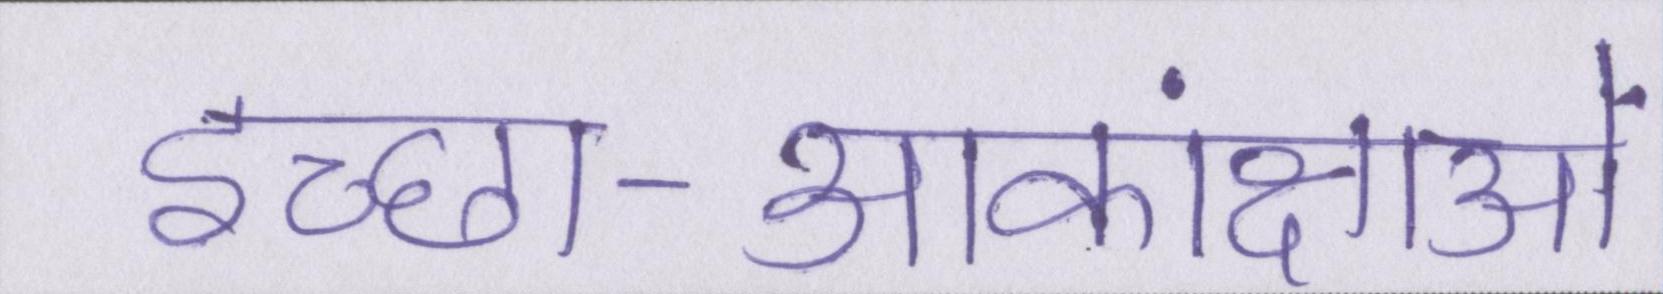
इच्छा-आकांक्षाओं